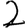
Digit: 2